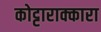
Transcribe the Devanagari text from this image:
कोट्टाराक्कारा